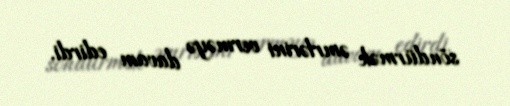
söndürmək əmrlərini verməyə davam edirdi.